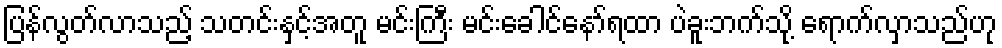
ပြန်လွတ်လာသည့် သတင်းနှင့်အတူ မင်းကြီး မင်းခေါင်နော်ရထာ ပဲခူးဘက်သို့ ရောက်လှာသည်ဟု